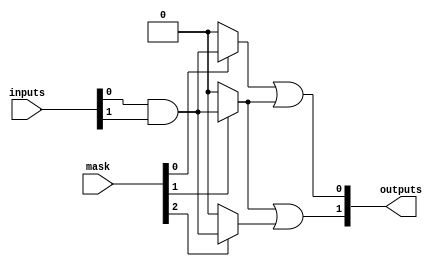
module masked_pal #(
    parameter NUM_INPUTS = 3,       // Number of inputs (A, B, C, etc.)
    parameter NUM_AND_GATES = 4,    // Number of AND gates
    parameter NUM_OR_GATES = 2       // Number of OR gates
)(
    input wire [NUM_INPUTS-1:0] inputs, // Input lines
    input wire [NUM_AND_GATES-1:0] mask, // Masking for AND gates
    output wire [NUM_OR_GATES-1:0] outputs // Output lines
);

// Internal wires for AND gate outputs
wire [NUM_AND_GATES-1:0] and_outputs;

// AND gate array
genvar i;
generate
    for (i = 0; i < NUM_AND_GATES; i = i + 1) begin : and_array
        // Each AND gate can have a different combination of inputs
        // Here we assume a simple example where each AND gate has a fixed combination
        // This can be modified to be more complex based on your requirements
        assign and_outputs[i] = (mask[i]) ? (inputs[0] & inputs[1]) : 1'b0; // Example: AND gate logic
    end
endgenerate

// OR gate array
genvar j;
generate
    for (j = 0; j < NUM_OR_GATES; j = j + 1) begin : or_array
        // Each OR gate can take inputs from multiple AND gates
        // This example assumes a simple summation of some AND outputs
        assign outputs[j] = and_outputs[j] | and_outputs[j + 1]; // Example: OR gate logic
    end
endgenerate

endmodule